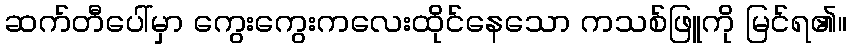
ဆက်တီပေါ်မှာ ကွေးကွေးကလေးထိုင်နေသော ကသစ်ဖြူကို မြင်ရ၏။